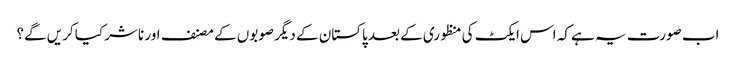
اب صورت یہ ہے کہ اس ایکٹ کی منظوری کے بعد پاکستان کے دیگر صوبوں کے مصنف اور ناشر کیا کریں گے؟